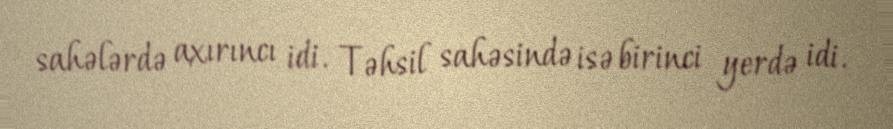
sahələrdə axırıncı idi. Təhsil sahəsində isə birinci yerdə idi.